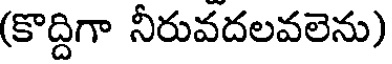
(కొద్దిగా నీరువదలవలెను)